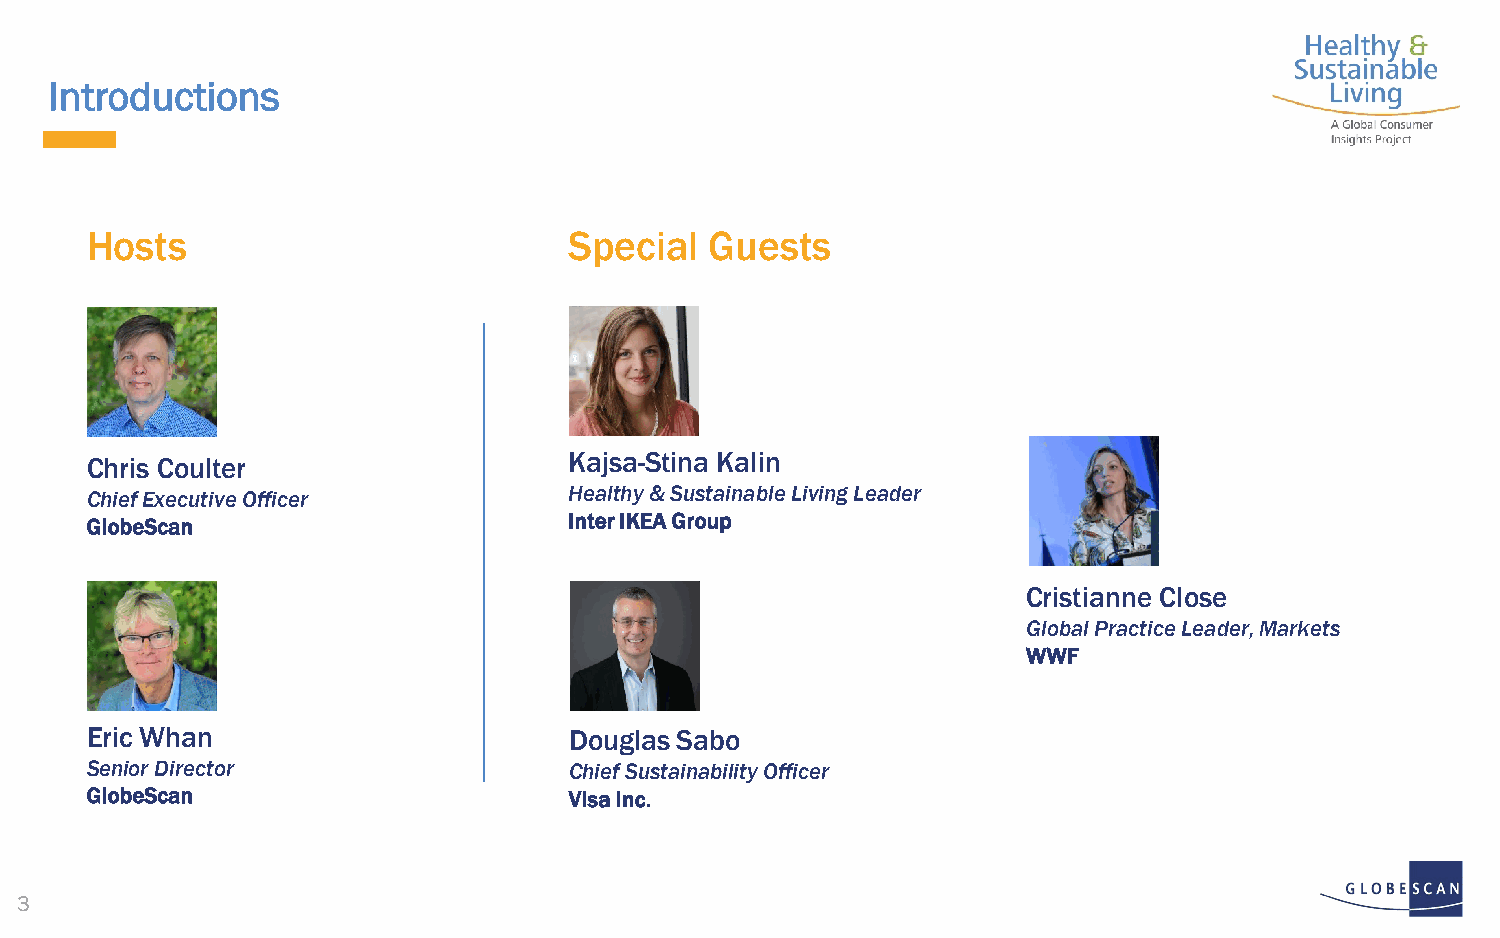
Introductions
 Hosts                           Special  Guests
 Chris Coulter                   Kajsa-Stina Kalin
 Chief Executive Officer         Healthy & Sustainable Living Leader
 GlobeScan                       Inter IKEA Group
 Cristianne Close
 Global Practice Leader, Markets
 WWF
 Eric Whan                       Douglas Sabo
 Senior Director                 Chief Sustainability Officer
 GlobeScan                       Visa Inc.
 3